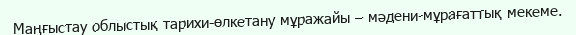
Маңғыстау облыстық тарихи-өлкетану мұражайы – мәдени-мұрағаттық мекеме.